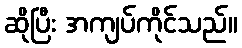
ဆိုပြီး အကျပ်ကိုင်သည်။